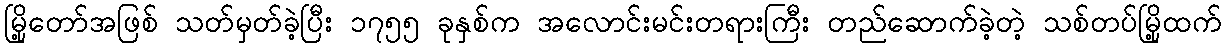
မြို့တော်အဖြစ် သတ်မှတ်ခဲ့ပြီး ၁၇၅၅ ခုနှစ်က အလောင်းမင်းတရားကြီး တည်ဆောက်ခဲ့တဲ့ သစ်တပ်မြို့ထက်